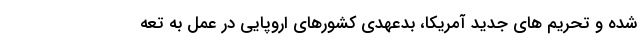
شده و تحریم های جدید آمریکا، بدعهدی کشورهای اروپایی در عمل به تعه